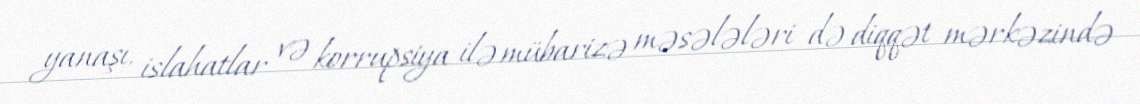
yanaşı, islahatlar və korrupsiya ilə mübarizə məsələləri də diqqət mərkəzində